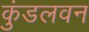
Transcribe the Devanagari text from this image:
कुंडलवन